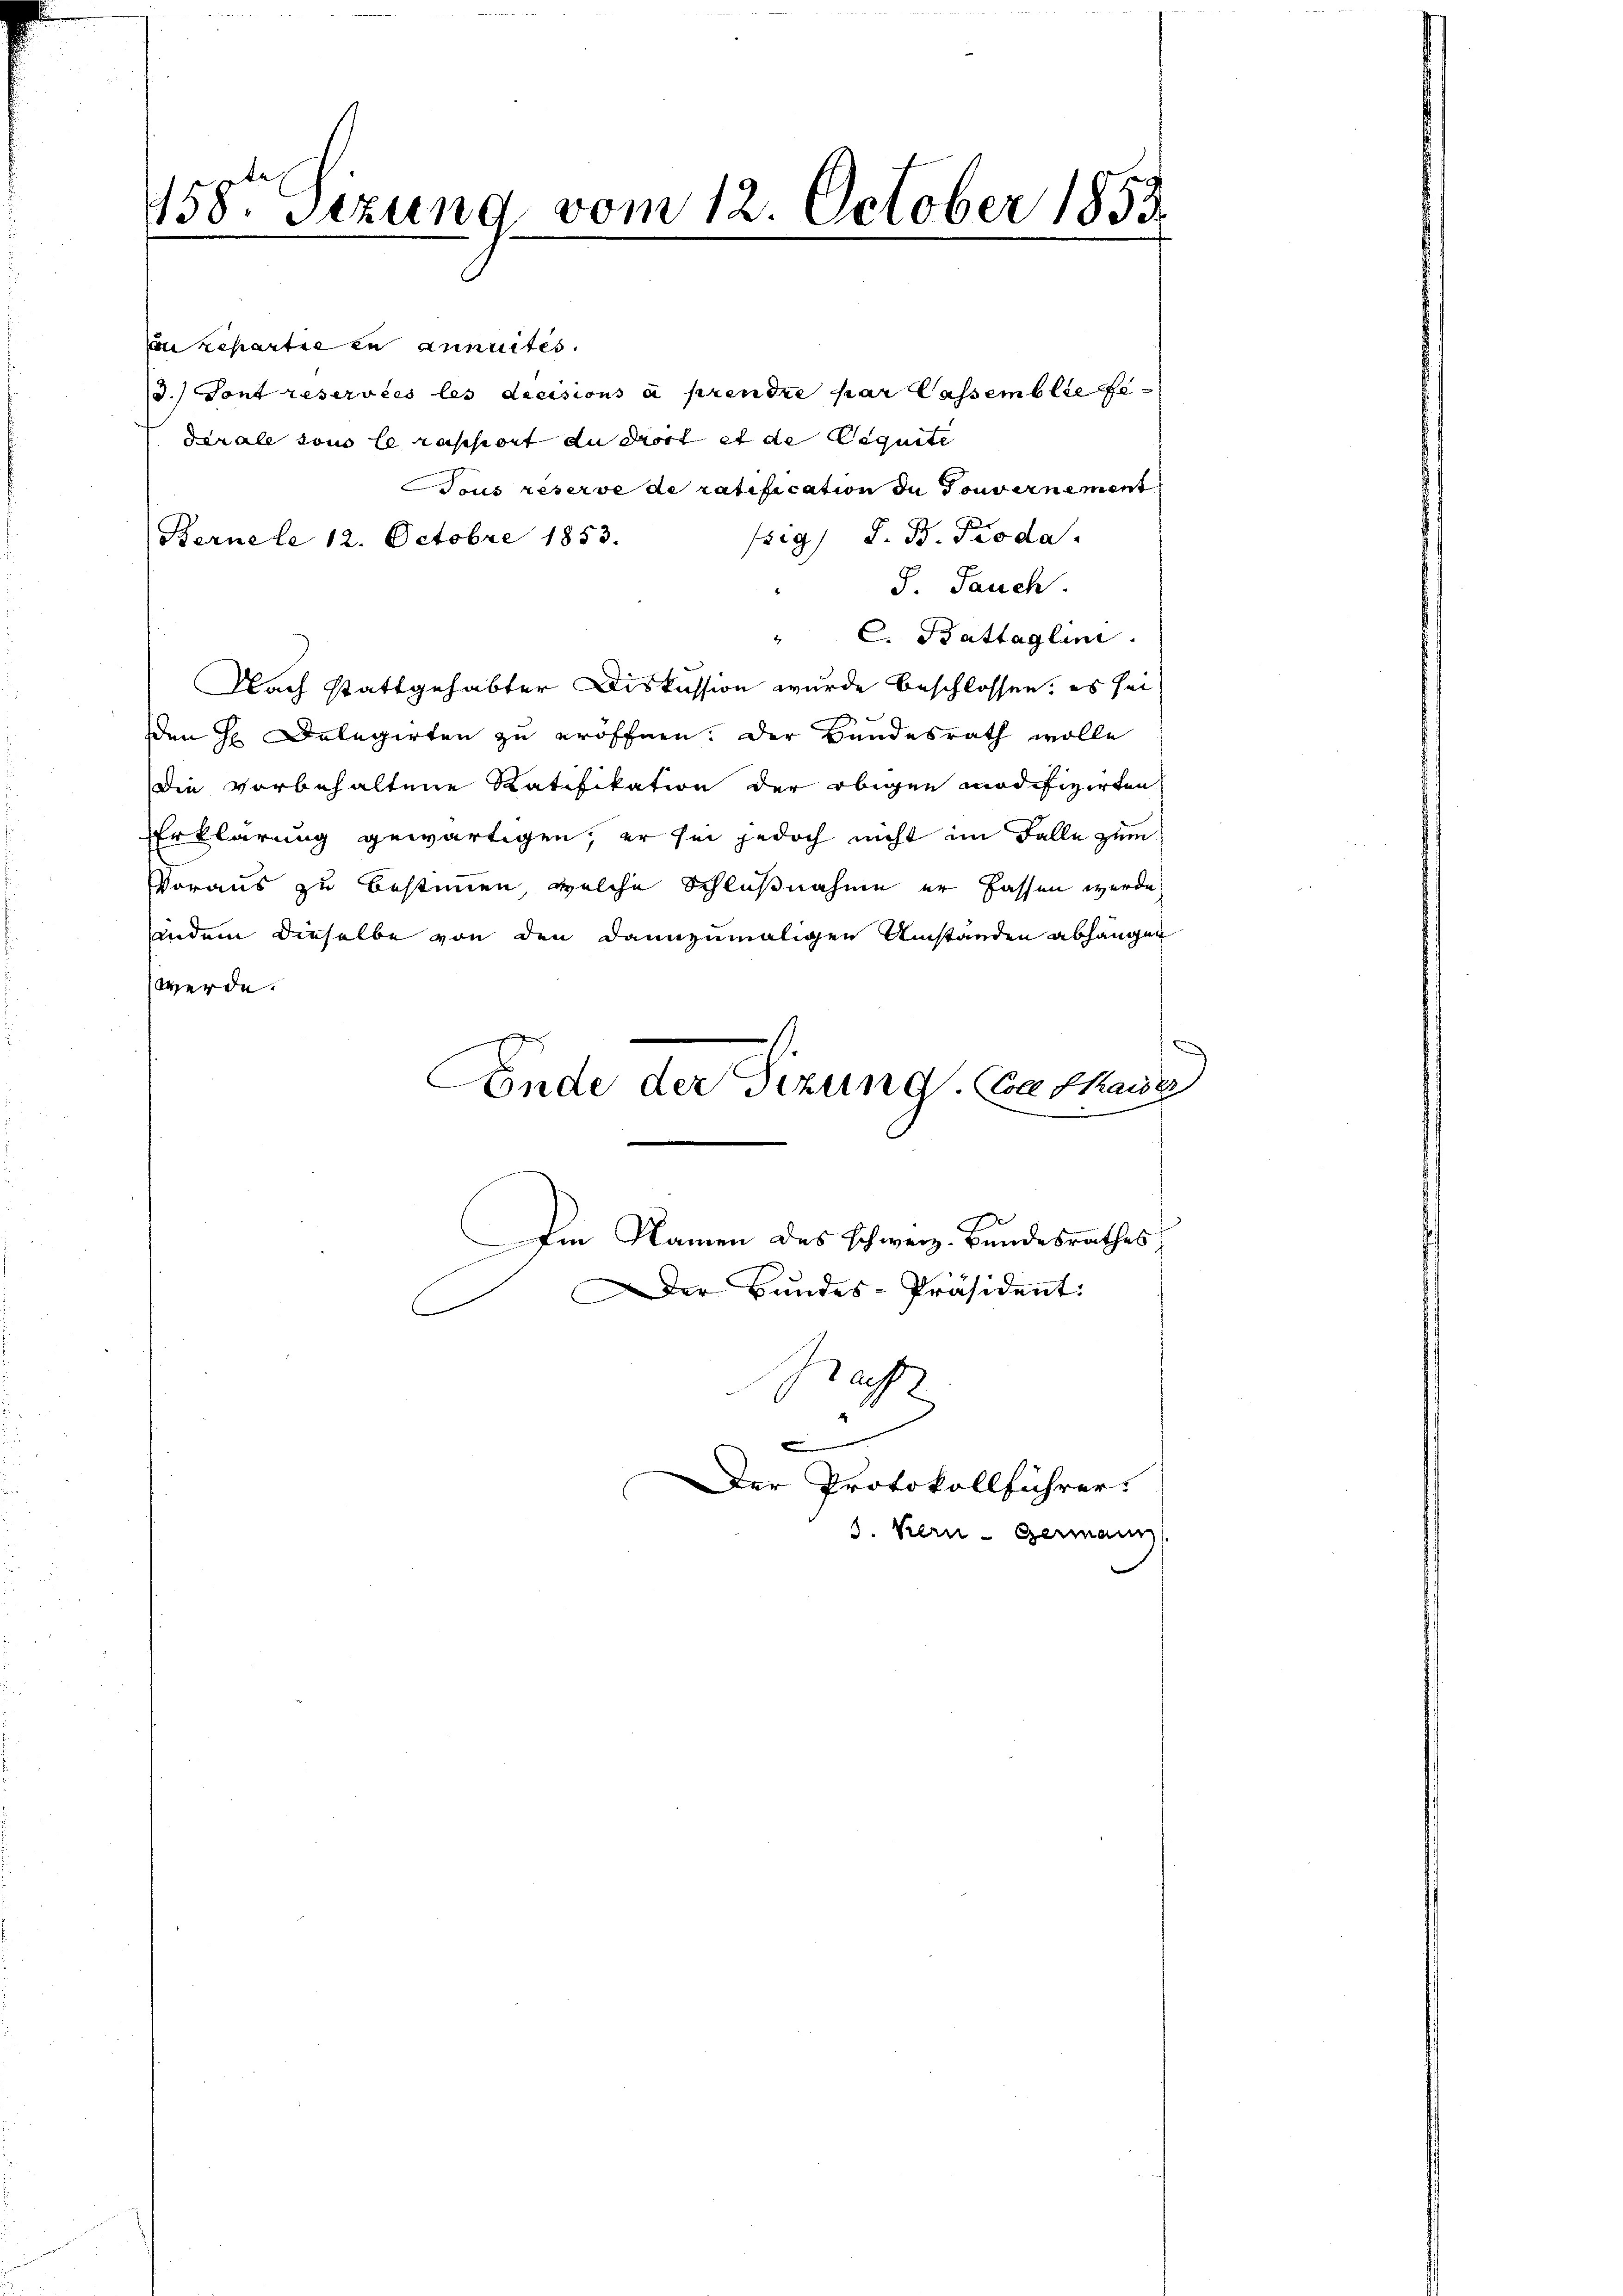
458. Setzung vom 12. October 185

on repartie in annuités.
3.) Tont reservées les decisions à prendre par lassemblie Fe
Derale vous le rapport du dort et de Requite
Tous reserve de ratification in Gouvernement
sig) d. B. Pioda
Berne le 12. Octobre 1853.
S. Sauch.
" C. Battaglini.
Nach stattgehabter Diskussion wurde beschlossen; es sei
den H Dolegirten zu eröffnen. Der Bundesrath wolle
die vorbehaltene Ratifikation der obigen modifizirten
Erklärung gewärtigen; er sei jedoch nicht im Falle zum
Voraus zu bestimmen, welche Schlußnahme er fassen werde,
indem dieselbe von den dannzumaligen Umständen abhängen
werde.
Conde der Sizung. Cathaus

e
Bast

Der Protokollführer
8. Kern- Germann

Im Namen des schweiz. Bundesrathes

er Bundes-Präsident: